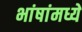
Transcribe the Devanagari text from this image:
भांषांमध्ये